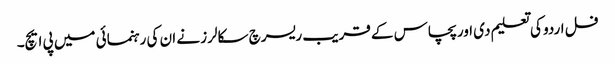
فل اردو کی تعلیم دی اور پچاس کے قریب ریسرچ سکالرز نے ان کی رہنمائی میں پی ایچ۔